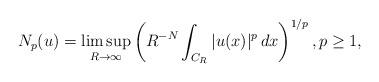
\begin{align*} N_p(u)=\limsup_{R\to\infty}\left(R^{-N}\int_{C_R}|u(x)|^p\,dx\right)^{1/p},p\ge1, \end{align*}